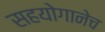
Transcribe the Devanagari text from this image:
सहयोगानेच